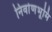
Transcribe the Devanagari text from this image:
निर्वाणभूमि